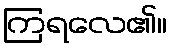
ကြရလေ၏။